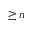
\ge n